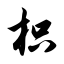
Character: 枳